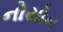
નોયોન